Plague in India, 1896, 1897 - Volume 1
Year: 1896
Disease focus: Plague
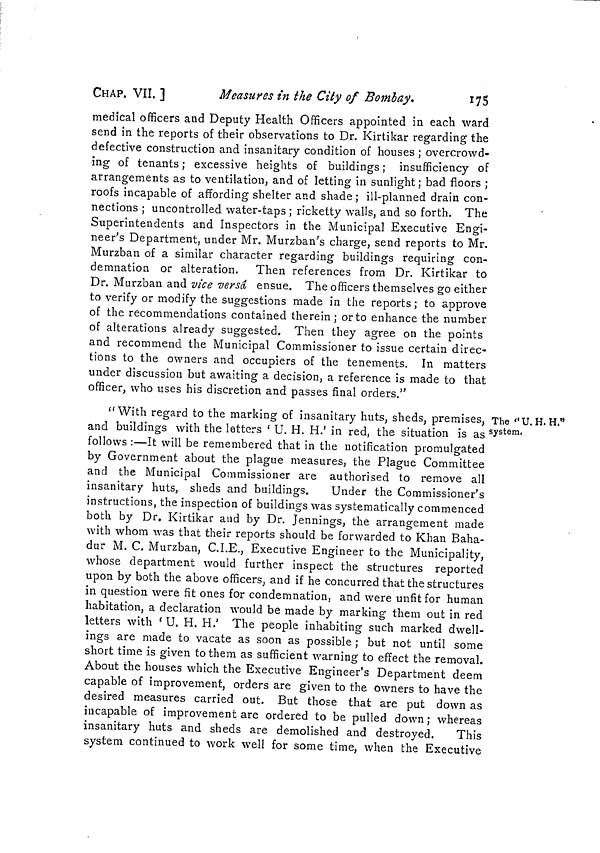
CHAP. VII. ]
Measures in the City of Bombay.
175
medical officers and Deputy Health Officers appointed in each ward
send in the reports of their observations to Dr. Kirtikar regarding the
defective construction and insanitary condition of houses ; overcrowd-
ing of tenants ; excessive heights of buildings ; insufficiency of
arrangements as to ventilation, and of letting in sunlight; bad floors ;
roofs incapable of affording shelter and shade ; ill-planned drain con-
nections ; uncontrolled water-taps ; ricketty walls, and so forth. The
Superintendents and Inspectors in the Municipal Executive Engi-
neer's Department, under Mr. Murzban's charge, send reports to Mr.
Murzban of a similar character regarding buildings requiring con-
demnation or alteration. Then references from Dr. Kirtikar to
Dr. Murzban and vice versâ ensue. The officers themselves go either
to verify or modify the suggestions made in the reports; to approve
of the recommendations contained therein; orto enhance the number
of alterations already suggested. Then they agree on the points
and recommend the Municipal Commissioner to issue certain direc-
tions to the owners and occupiers of the tenements. In matters
under discussion but awaiting a decision, a reference is made to that
officer, who uses his discretion and passes final orders."
The " U. H. H."
system.
"With regard to the marking of insanitary huts, sheds, premises,
and buildings with the letters ' U. H. H.' in red, the situation is as
follows :—It will be remembered that in the notification promulgated
by Government about the plague measures, the Plague Committee
and the Municipal Commissioner are authorised to remove all
insanitary huts, sheds and buildings.
Under the Commissioner's
instructions, the inspection of buildings was systematically commenced
both by Dr. Kirtikar and by Dr. Jennings, the arrangement made
with whom was that their reports should be forwarded to Khan Baha-
dur M. C. Murzban, C.I.E., Executive Engineer to the Municipality,
whose department would further inspect the structures reported
upon by both the above officers, and if he concurred that the structures
in question were fit ones for condemnation, and were unfit for human
habitation, a declaration would be made by marking them out in red
letters with 'U.H.H.' The people inhabiting such marked dwell-
ings are made to vacate as soon as possible ; but not until some
short time is given to them as sufficient warning to effect the removal.
About the houses which the Executive Engineer's Department deem
capable of improvement, orders are given to the owners to have the
desired measures carried out. But those that are put down as
incapable of improvement are ordered to be pulled down ; whereas
insanitary huts and sheds are demolished and destroyed.
This
system continued to work well for some time, when the Executive